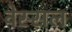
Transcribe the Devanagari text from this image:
वेस्सल